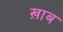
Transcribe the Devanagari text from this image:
ख़ाब